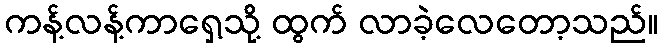
ကန့်လန့်ကာရှေ့သို့ ထွက် လာခဲ့လေတော့သည်။